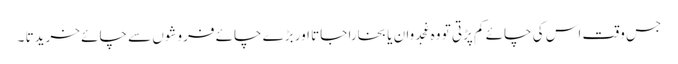
جس وقت اس کی چائے کم پڑتی تو وہ غجدوان یا بخارا جاتا اور بڑے چائے فروشوں سے چائے خریدتا ۔